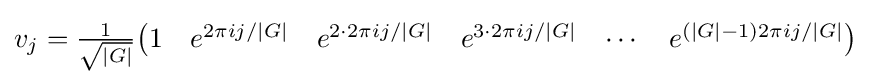
v_{j}={\tfrac {1}{\sqrt {|G|}}}{\begin{pmatrix}1&e^{2\pi ij/|G|}&e^{2\cdot 2\pi ij/|G|}&e^{3\cdot 2\pi ij/|G|}&\cdots &e^{(|G|-1)2\pi ij/|G|}\end{pmatrix}}